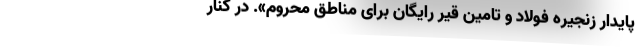
پایدار زنجیره فولاد و تامین قیر رایگان برای مناطق محروم». در کنار